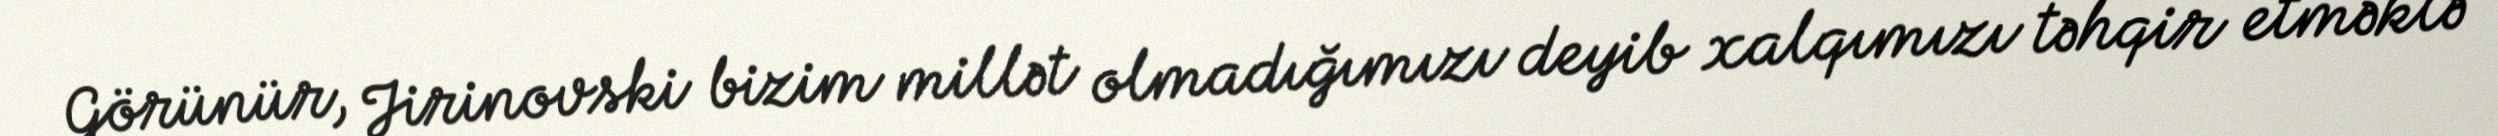
Görünür, Jirinovski bizim millət olmadığımızı deyib xalqımızı təhqir etməklə